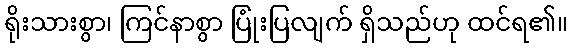
ရိုးသားစွာ၊ ကြင်နာစွာ ပြုံးပြလျက် ရှိသည်ဟု ထင်ရ၏။